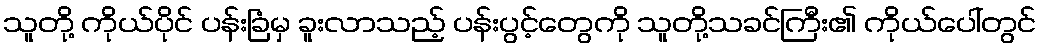
သူတို့ ကိုယ်ပိုင် ပန်းခြံမှ ခူးလာသည့် ပန်းပွင့်တွေကို သူတို့သခင်ကြီး၏ ကိုယ်ပေါ်တွင်